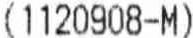
(1120908-M)